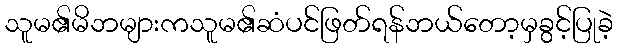
သူမ၏မိဘများကသူမ၏ဆံပင်ဖြတ်ရန်ဘယ်တော့မှခွင့်ပြုခဲ့